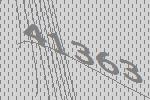
41363